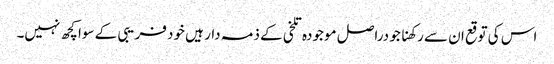
اس کی توقع ان سے رکھنا جو دراصل موجودہ تلخی کے ذمہ دار ہیں خود فریبی کے سوا کچھ نہیں۔